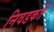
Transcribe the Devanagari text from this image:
निवडकर्ते